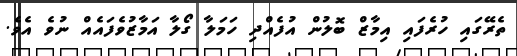
ތެރޭގައި ހުރެފައި އިމާޒް ބޮލުން އުފެއްދި ހަމަލާ ގޯލާ އަމާޒުވެފައެއް ނުވެ އެވެ.